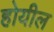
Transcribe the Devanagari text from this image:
होयील